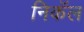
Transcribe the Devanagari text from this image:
निकॅल